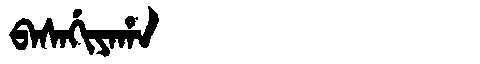
Manchu: ᠪᠠᠰᠠᡤᡳᠶᠠᡥᠠ
Romanization: BASAGIYAHA